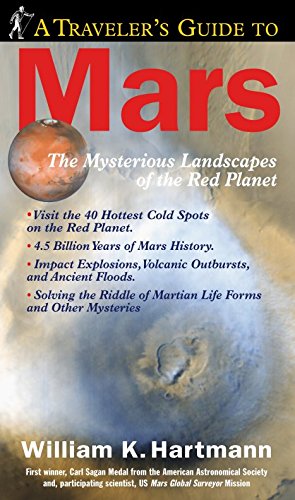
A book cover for A Traveler's Guide to Mars; William K. Hartmann; Science & Math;